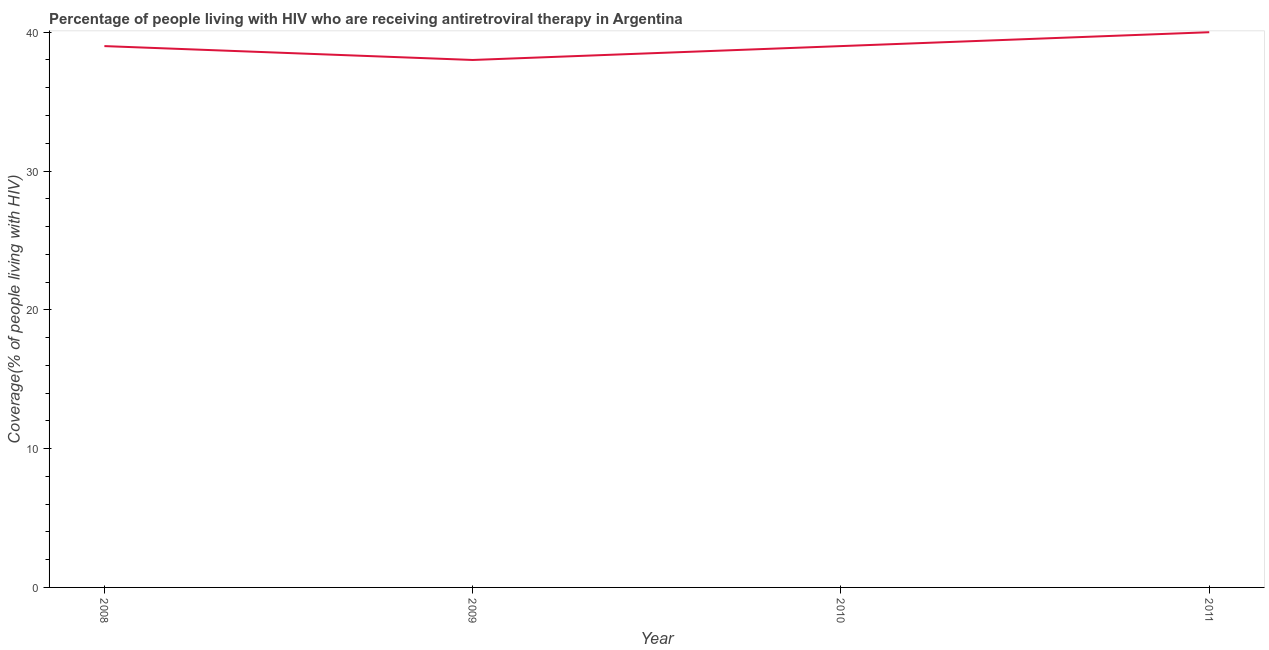
| Year | Antiretroviral therapy coverage |
 | --- | --- |
 | 2008 | 39 |
 | 2009 | 38 |
 | 2010 | 39 |
 | 2011 | 40 |